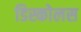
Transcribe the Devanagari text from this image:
डिस्कोलस